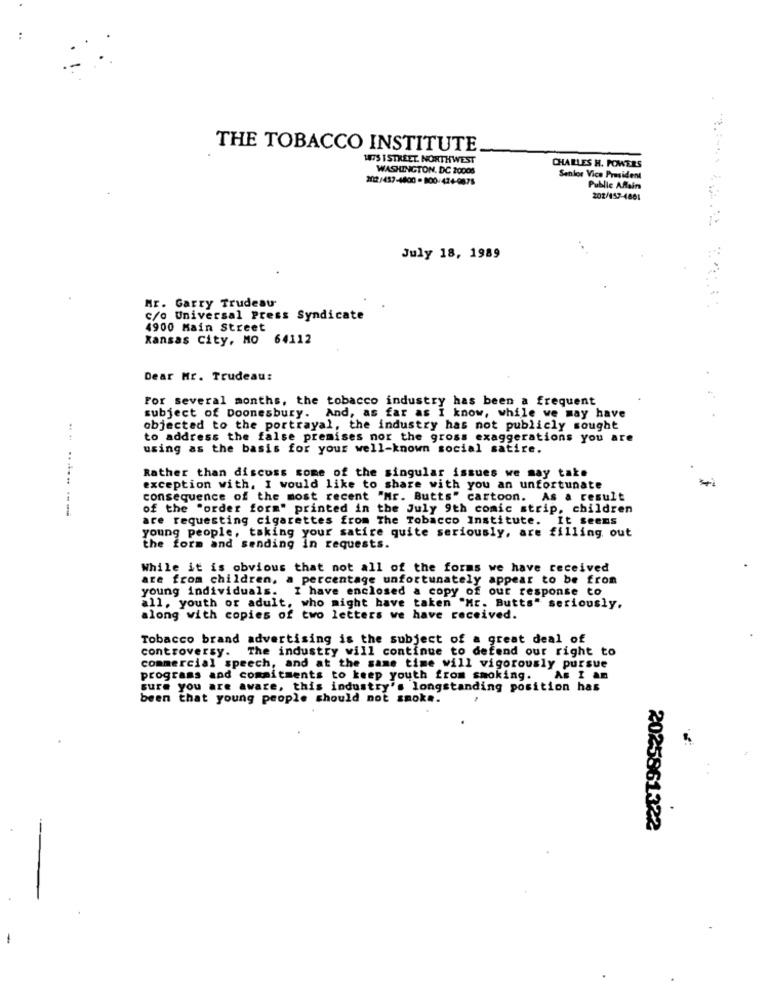
THE TOBACCO INSTITUTE.
17S 1 STREET. NORTHWEST
WASHINGTON, DC 20008
CHARLES H. POWERS
202/437-4800-800-424-0875
Senior Vice President
Public Affairs
202/457-4861
July 18, 1989
Mr. Garry Trudeau
c/o Universal Press Syndicate
4900 Main Street
Kansas City, MO 64112
Dear Mr. Trudeau:
For several months, the tobacco industry has been a frequent
subject of Doomesbury. And, as far as I know, while we may have
objected to the portrayal, the industry has not publicly sought
to address the false premises nor the gross exaggerations you are
using as the basis for your well-known social satire.
:
Rather than discuss some of the singular issues we may take
exception with, I would like to share with you an unfortunate
consequence of the most recent "Mr. Butts" cartoon. As a result
1
......----
of the "order form" printed in the July 9th comic strip, children
are requesting cigarettes from The Tobacco Institute. It seems
young people, taking your satire quite seriously, are filling out
the form and sending in requests.
While it is obvious that not all of the forms we have received
are from children, a percentage unfortunately appear to be from
young individuals. I have enclosed a copy of our response to
all, youth or adult, who might have taken "Mr. Butts" seriously,
along with copies of two letters we have received.
Tobacco brand advertising is the subject of a great deal of
controversy. The industry will continue to defend our right to
commercial speech, and at the same time will vigorously pursue
programs and commitments to keep youth from smoking. As I am
sure you are aware, this industry's longstanding position has
been that young people should not smoke.
2025861322